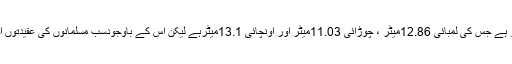
یہ ایک مستطیل ڈبہ سا ہی تو ہے جس کی لمبائی 12.86میٹر ، چوڑائی 11.03میٹر اور اونچائی 13.1میٹرہے لیکن اس کے باوجودسب مسلمانوں کی عقیدتوں اور محبتوں کا محور یہ ہے ۔